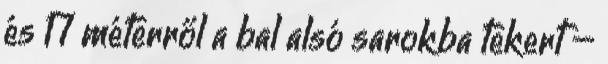
és 17 méterről a bal alsó sarokba tekert –